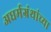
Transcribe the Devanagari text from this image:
अधर्मग्रंथांच्या